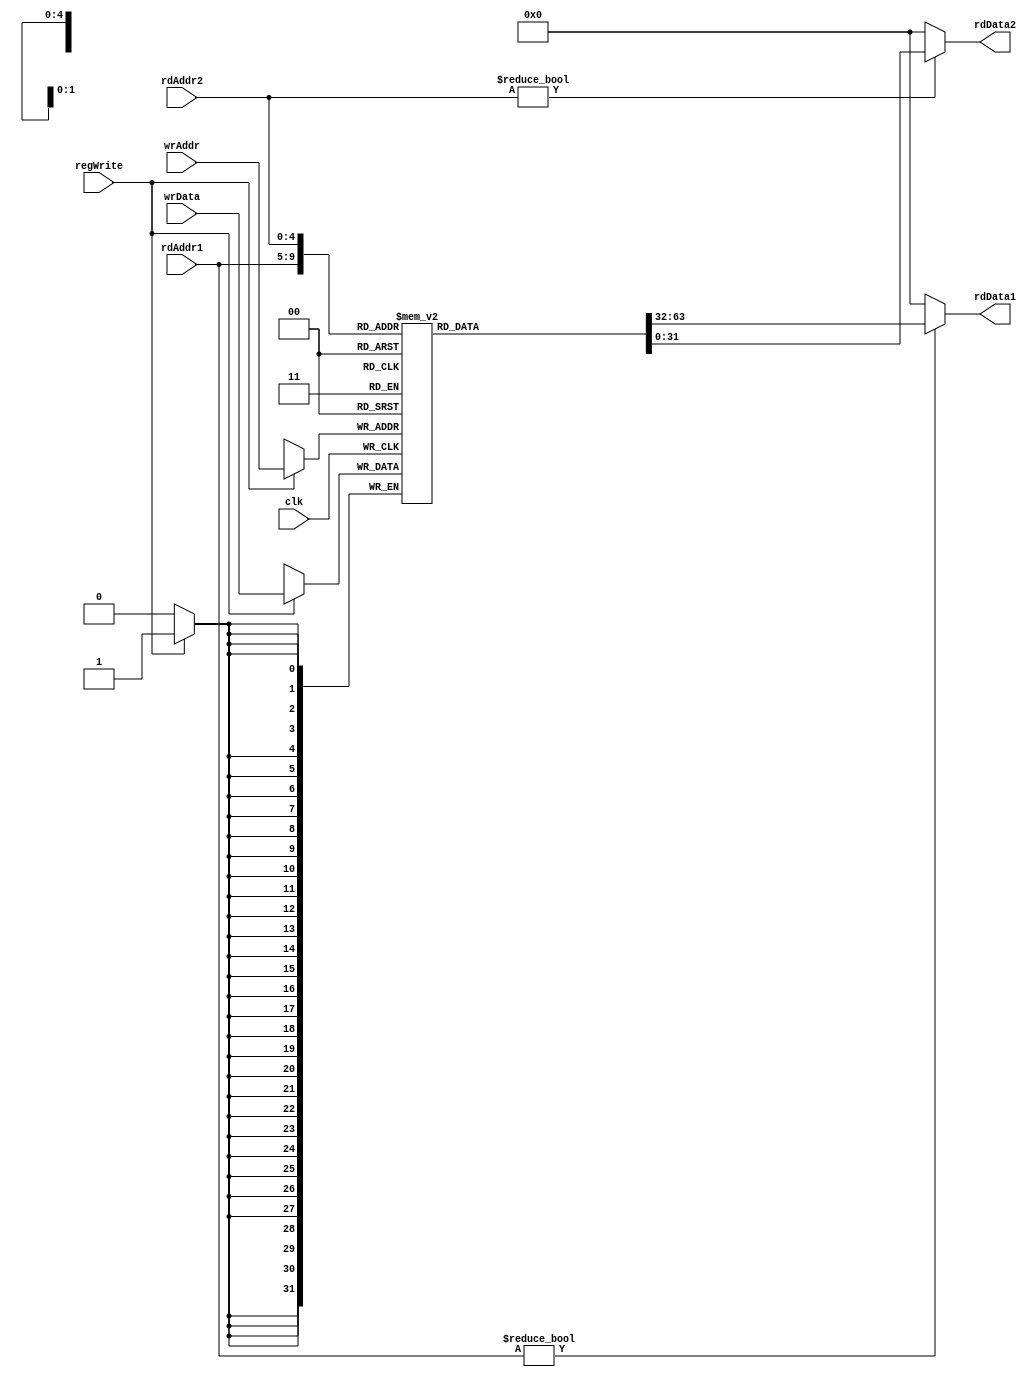
module reg_file (
  input              clk,
  input       [4:0]  rdAddr1, rdAddr2, wrAddr,
  input              regWrite,
  input       [31:0] wrData,
  output wire [31:0] rdData1, rdData2
);

// architectural reg file
// 3 port memory - 2 read ports and 1 write port

reg [31:0] mem [31:0];

always @(posedge clk)
  if (regWrite)
    mem[wrAddr] <= wrData;

assign rdData1 = (rdAddr1 != 5'b0) ? mem[rdAddr1] : 32'b0;
assign rdData2 = (rdAddr2 != 5'b0) ? mem[rdAddr2] : 32'b0;

endmodule